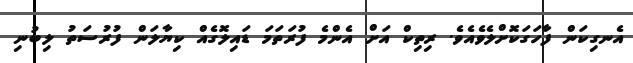
އެނގިކަން ފާހަގަކޮށްލެވެއެވެ. ރިތިކް އަށް އެންމެ ފުރަތަމަ ޑައިލޮގެއް ކިޔާލަން ފުރުސަތު ލިބުނި